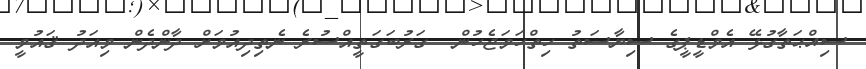
ސިއްޙަތާގުޅޭ އެމްޑީޕީގެ ސިޔާސަތު ހިތްހަމަޖެހުން  ގަރުބަގަތީއްސުރެ ނެތިދިއުމަށް ދާންދެން މިއަދު ޤައުމީ